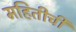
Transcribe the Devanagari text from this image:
महितीची